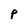
Character: P